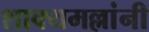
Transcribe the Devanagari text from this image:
शाक्यमल्लांनी